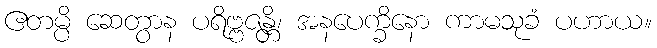
ဧတမ္ပိ ဆေတွာန ပရိဗ္ဗဇန္တိ၊ အနပေက္ခိနော ကာမသုခံ ပဟာယ။